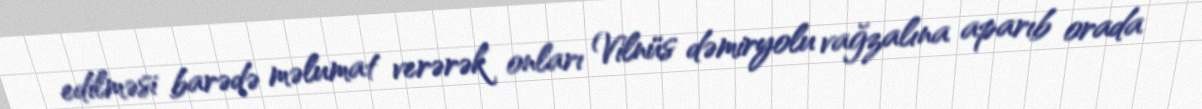
edilməsi barədə məlumat verərək onları Vilnüs dəmiryolu vağzalına aparıb orada